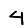
Digit: 4